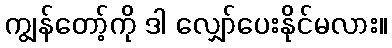
ကျွန်တော့်ကို ဒါ လျှော်ပေးနိုင်မလား။